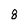
Character: 8